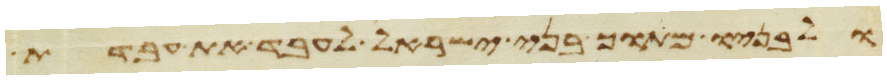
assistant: ולבניו מתוך בני ישראל לעבד את עבדת